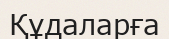
Құдаларға